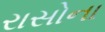
રાસોના